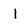
Character: I